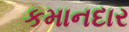
કમાનદાર